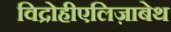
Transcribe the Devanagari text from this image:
विद्रोहीएलिज़ाबेथ